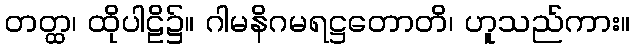
တတ္ထ၊ ထိုပါဠိ၌။ ဂါမနိဂမရဋ္ဌတောတိ၊ ဟူသည်ကား။